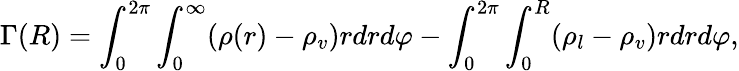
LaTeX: \Gamma(R)=\int_{0}^{2\pi}\int_{0}^{\infty}(\rho(r)-\rho_{v})rdrd\varphi-\int_{0}^{2\pi}\int_{0}^{R}(\rho_{l}-\rho_{v})rdrd\varphi,